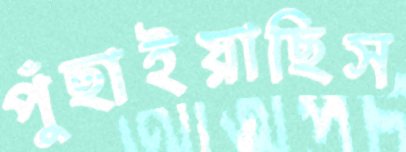
পুঁছাইয়াছিস